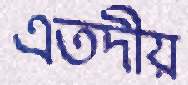
এতদীয়